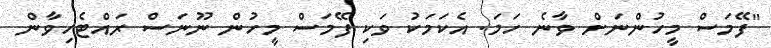
"ފޭމަސް މީހުންނަށް ވާނެ ހަމަ. އެކަމަކު ވަކި ފޭމަސް މީހުން ނޫނަސް ރައްޓެހިވާން